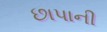
છાપાની